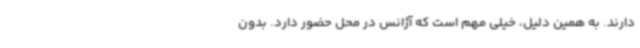
دارند. به همین دلیل، خیلی مهم است که آژانس در محل حضور دارد. بدون